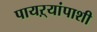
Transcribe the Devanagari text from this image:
पायऱ्यांपाशी